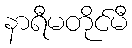
နာရီမတိုင်မီ